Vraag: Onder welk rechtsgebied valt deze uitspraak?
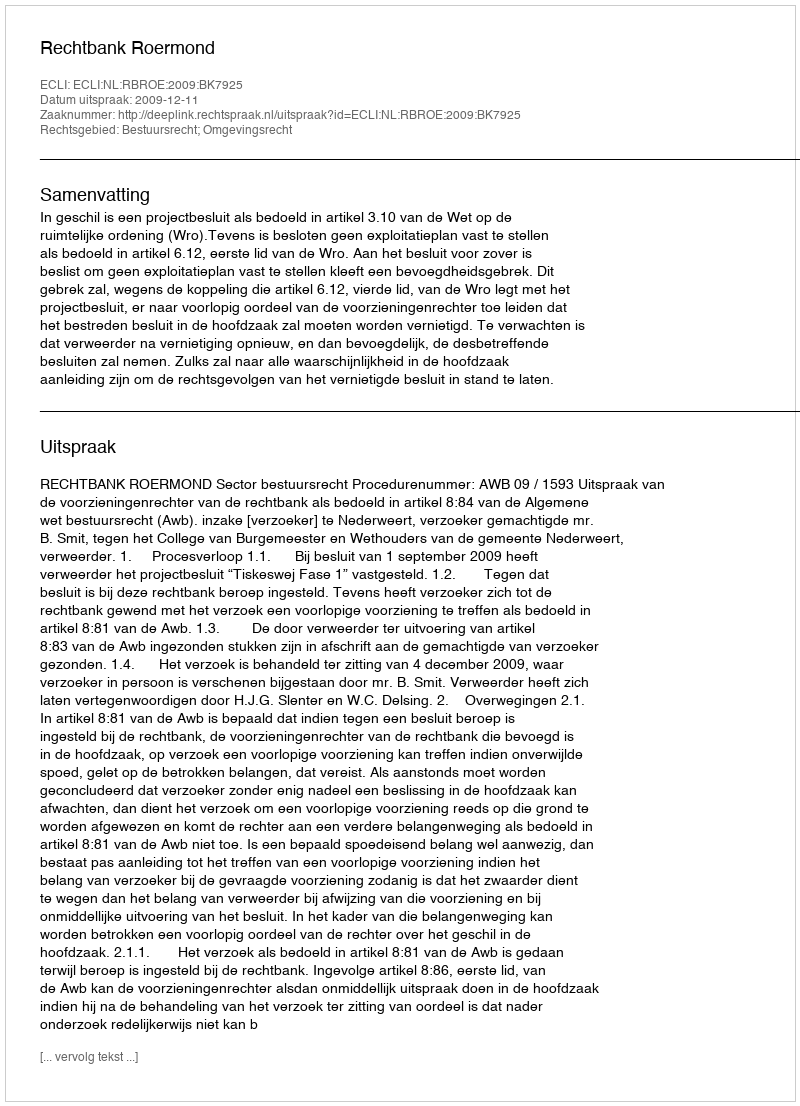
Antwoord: Bestuursrecht; Omgevingsrecht